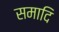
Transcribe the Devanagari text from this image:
समादि